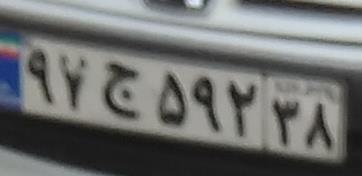
۹۷ج۵۹۲۳۸